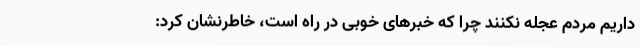
داریم مردم عجله نکنند چرا که خبرهای خوبی در راه است، خاطرنشان کرد: